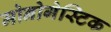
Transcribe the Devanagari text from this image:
मोनोगेस्टिक